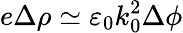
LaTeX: e\Delta\rho\simeq\varepsilon_{0}k_{0}^{2}\Delta\phi